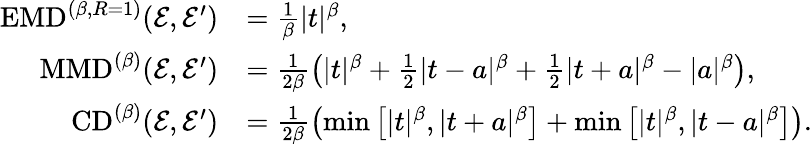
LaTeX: \begin{array}{rl}{\mathrm{EMD}^{(\beta,R=1)}(\mathcal{E},\mathcal{E}^{\prime})}&{=\frac{1}{\beta}|t|^{\beta},}\\ {\mathrm{MMD}^{(\beta)}(\mathcal{E},\mathcal{E}^{\prime})}&{=\frac{1}{2\beta}\left(|t|^{\beta}+\frac{1}{2}|t-a|^{\beta}+\frac{1}{2}|t+a|^{\beta}-|a|^{\beta}\right),}\\ {\mathrm{CD}^{(\beta)}(\mathcal{E},\mathcal{E}^{\prime})}&{=\frac{1}{2\beta}\left(\operatorname*{min}\left[|t|^{\beta},|t+a|^{\beta}\right]+\operatorname*{min}\left[|t|^{\beta},|t-a|^{\beta}\right]\right).}\end{array}